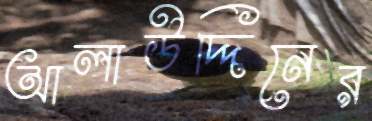
আলাউদ্দিনের